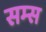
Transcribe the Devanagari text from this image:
सम्स